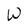
Character: W